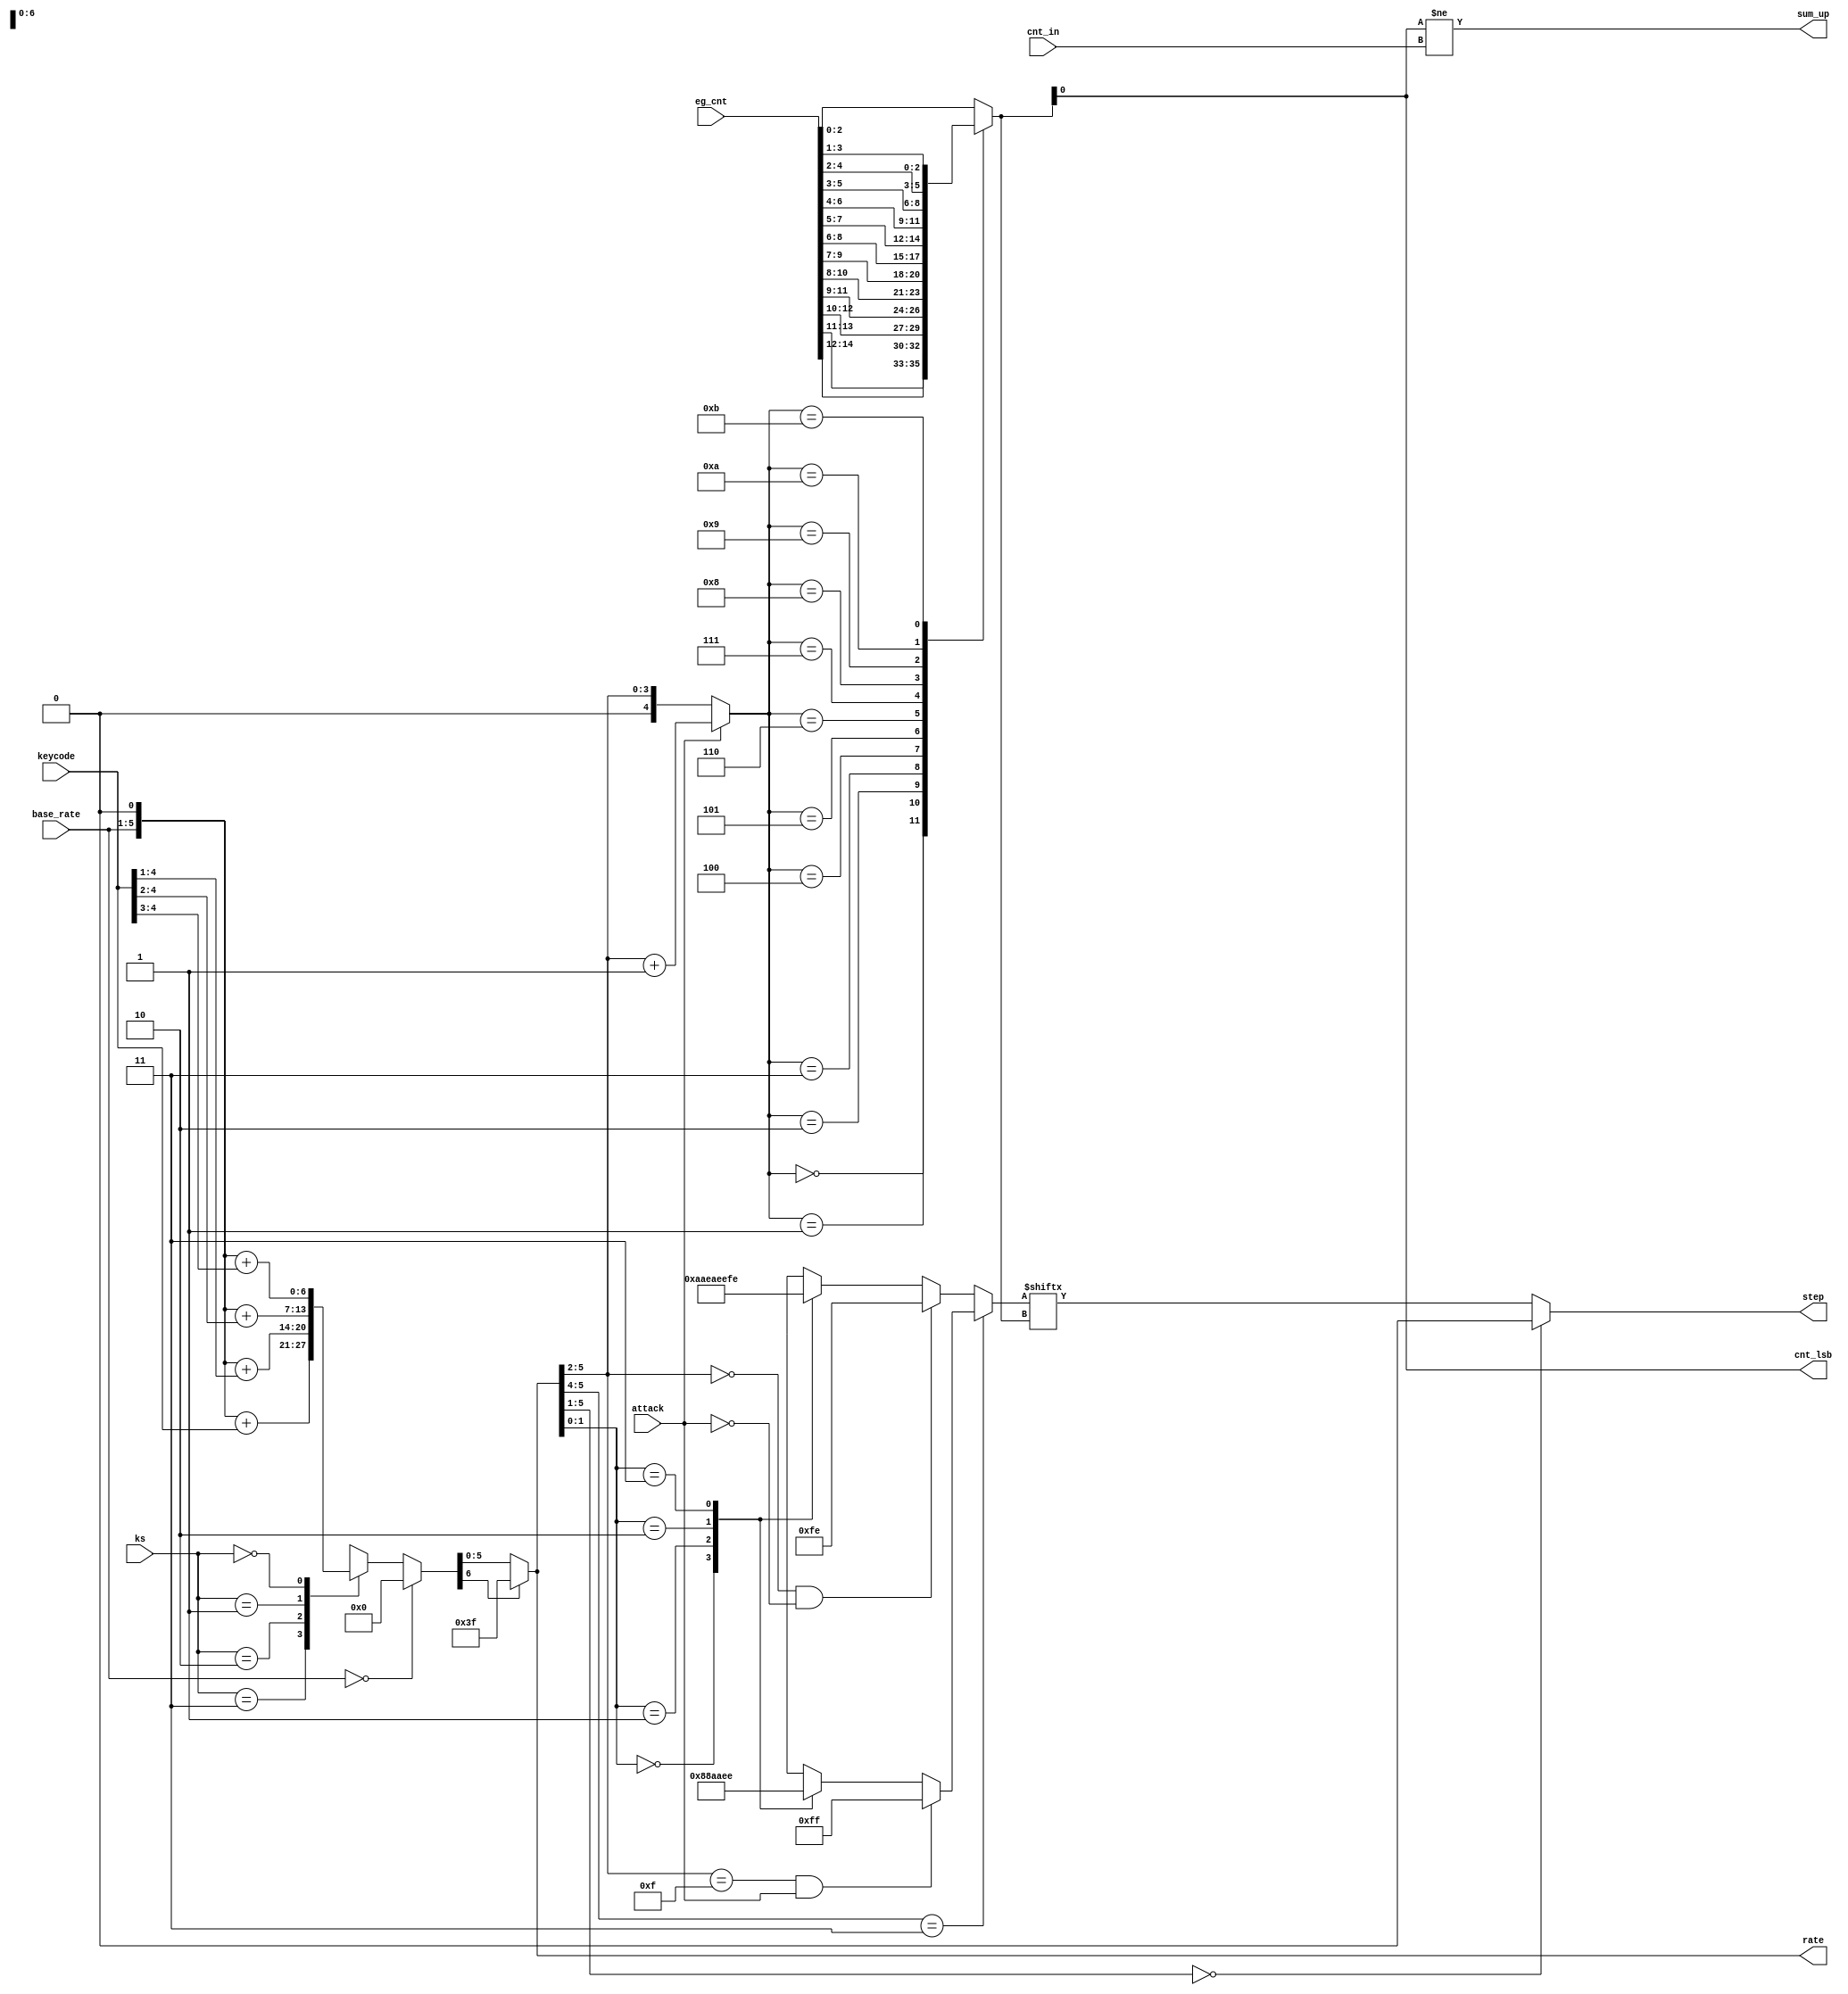
module jt12_eg_step(
    input           attack,
    input [ 4:0]    base_rate,
    input [ 4:0]    keycode,
    input [14:0]    eg_cnt,
    input           cnt_in,
    input [ 1:0]    ks,
    output          cnt_lsb,
    output       reg step,
    output reg [5:0] rate,
    output reg      sum_up
);

reg     [6:0]   pre_rate;

always @(*) begin : pre_rate_calc
    if( base_rate == 5'd0 )
        pre_rate = 7'd0;
    else
        case( ks )
            2'd3:   pre_rate = { base_rate, 1'b0 } + { 1'b0, keycode };
            2'd2:   pre_rate = { base_rate, 1'b0 } + { 2'b0, keycode[4:1] };
            2'd1:   pre_rate = { base_rate, 1'b0 } + { 3'b0, keycode[4:2] };
            2'd0:   pre_rate = { base_rate, 1'b0 } + { 4'b0, keycode[4:3] };
        endcase
end

always @(*)
    rate = pre_rate[6] ? 6'd63 : pre_rate[5:0];

reg [2:0] cnt;

reg [4:0] mux_sel;
always @(*) begin
    mux_sel = attack ? (rate[5:2]+4'd1): {1'b0,rate[5:2]};
end // always @(*)

always @(*) 
    case( mux_sel )
        5'h0: cnt = eg_cnt[14:12];
        5'h1: cnt = eg_cnt[13:11];
        5'h2: cnt = eg_cnt[12:10];
        5'h3: cnt = eg_cnt[11: 9];
        5'h4: cnt = eg_cnt[10: 8];
        5'h5: cnt = eg_cnt[ 9: 7];
        5'h6: cnt = eg_cnt[ 8: 6];
        5'h7: cnt = eg_cnt[ 7: 5];
        5'h8: cnt = eg_cnt[ 6: 4];
        5'h9: cnt = eg_cnt[ 5: 3];
        5'ha: cnt = eg_cnt[ 4: 2];
        5'hb: cnt = eg_cnt[ 3: 1];
        default: cnt = eg_cnt[ 2: 0];
    endcase

////////////////////////////////
reg [7:0] step_idx;

always @(*) begin : rate_step
    if( rate[5:4]==2'b11 ) begin // 0 means 1x, 1 means 2x
        if( rate[5:2]==4'hf && attack)
            step_idx = 8'b11111111; // Maximum attack speed, rates 60&61
        else
        case( rate[1:0] )
            2'd0: step_idx = 8'b00000000;
            2'd1: step_idx = 8'b10001000; // 2
            2'd2: step_idx = 8'b10101010; // 4
            2'd3: step_idx = 8'b11101110; // 6
        endcase
    end
    else begin
        if( rate[5:2]==4'd0 && !attack)
            step_idx = 8'b11111110; // limit slowest decay rate
        else
        case( rate[1:0] )
            2'd0: step_idx = 8'b10101010; // 4
            2'd1: step_idx = 8'b11101010; // 5
            2'd2: step_idx = 8'b11101110; // 6
            2'd3: step_idx = 8'b11111110; // 7
        endcase
    end
    // a rate of zero keeps the level still
    step = rate[5:1]==5'd0 ? 1'b0 : step_idx[ cnt ];
end

assign cnt_lsb = cnt[0];
always @(*) begin
    sum_up = cnt[0] != cnt_in;
end

endmodule